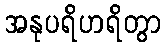
အနုပရိဟရိတွာ